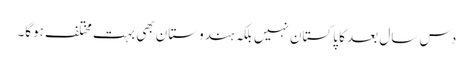
دس سال بعد کا پاکستان نہیں بلکہ ہندوستان بھی بہت مختلف ہوگا۔